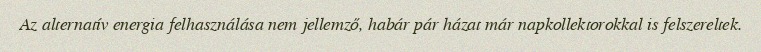
Az alternatív energia felhasználása nem jellemző, habár pár házat már napkollektorokkal is felszereltek.